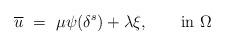
LaTeX: \begin{align*}\overline{u}\ =\ \mu \psi(\delta^s)+\lambda\xi,\qquad\hbox{in }\Omega\end{align*}